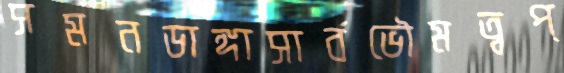
সমনডাঙ্গাসার্বভৌমত্বপ্